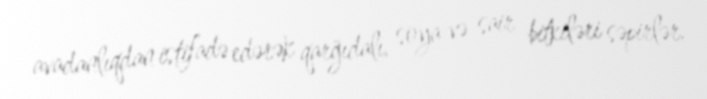
avadanlıqdan istifadə edərək qarğıdalı, soya və sair bitkiləri səpirlər.